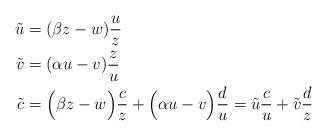
\begin{align*}\tilde u&=(\beta z-w){u\over z} \cr\tilde v&=(\alpha u-v){z\over u} \cr\tilde c &=\Big(\beta z-w\Big){c\over z}+\Big(\alpha u - v\Big) {d\over u}={\tilde u}{c\over u}+{\tilde v}{d\over z} \end{align*}